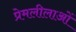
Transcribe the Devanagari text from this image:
प्रेमलीलाओं